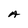
Character: A